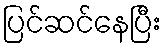
ပြင်ဆင်နေပြီး